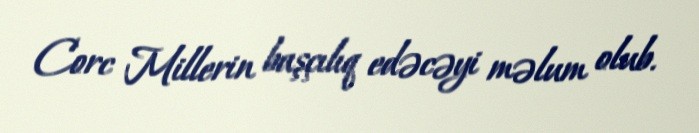
Corc Millerin başçılıq edəcəyi məlum olub.